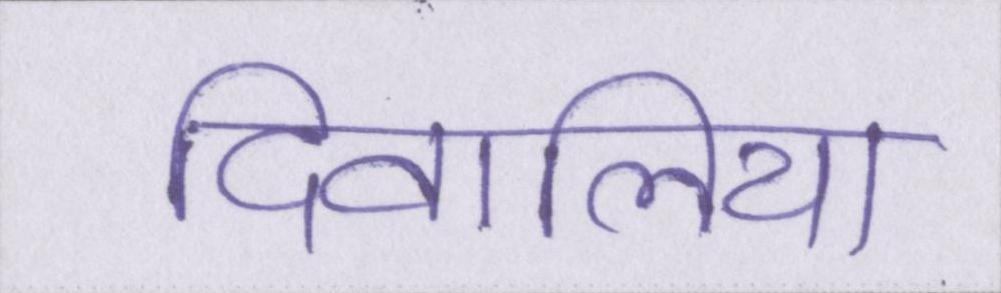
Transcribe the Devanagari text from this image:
दिवालिया